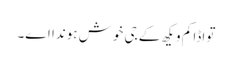
تواڈا کم ویکھ کے جی خوش ہوندا اے۔